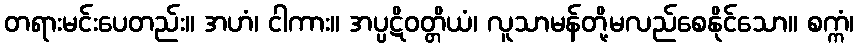
တရားမင်းပေတည်း။ အဟံ၊ ငါကား။ အပ္ပဋိဝတ္တိယံ၊ လူသာမန်တို့မလည်စေနိုင်သော။ စက္ကံ၊